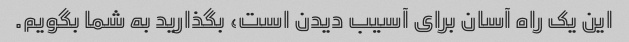
این یک راه آسان برای آسیب دیدن است، بگذارید به شما بگویم.